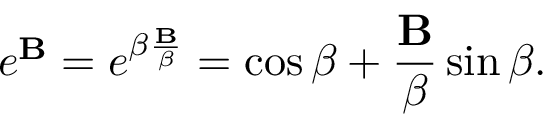
e ^ { \mathbf { B } } = e ^ { \beta { \frac { \mathbf { B } } { \beta } } } = \cos { \beta } + { \frac { \mathbf { B } } { \beta } } \sin { \beta } .